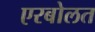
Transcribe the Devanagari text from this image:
एरबोलत